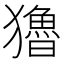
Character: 𤣃